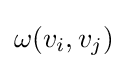
\omega (v_{i},v_{j})